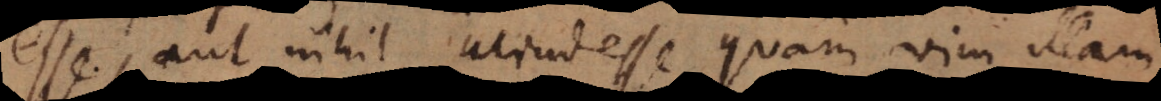
esse, aut nihil aliud esse quam vim illam